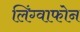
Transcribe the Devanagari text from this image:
लिंग्वाफोन